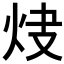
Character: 𤆿